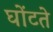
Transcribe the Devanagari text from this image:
घोंटते